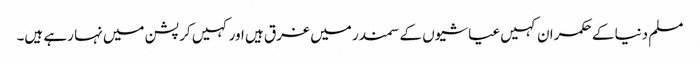
مسلم دنیا کے حکمران کہیں عیاشیوں کے سمندر میں غرق ہیں اور کہیں کرپشن میں نہا رہے ہیں۔